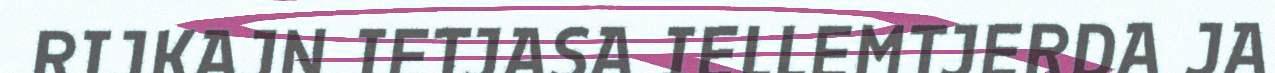
RIJKAJN IETJASA IELLEMTJERDA JA